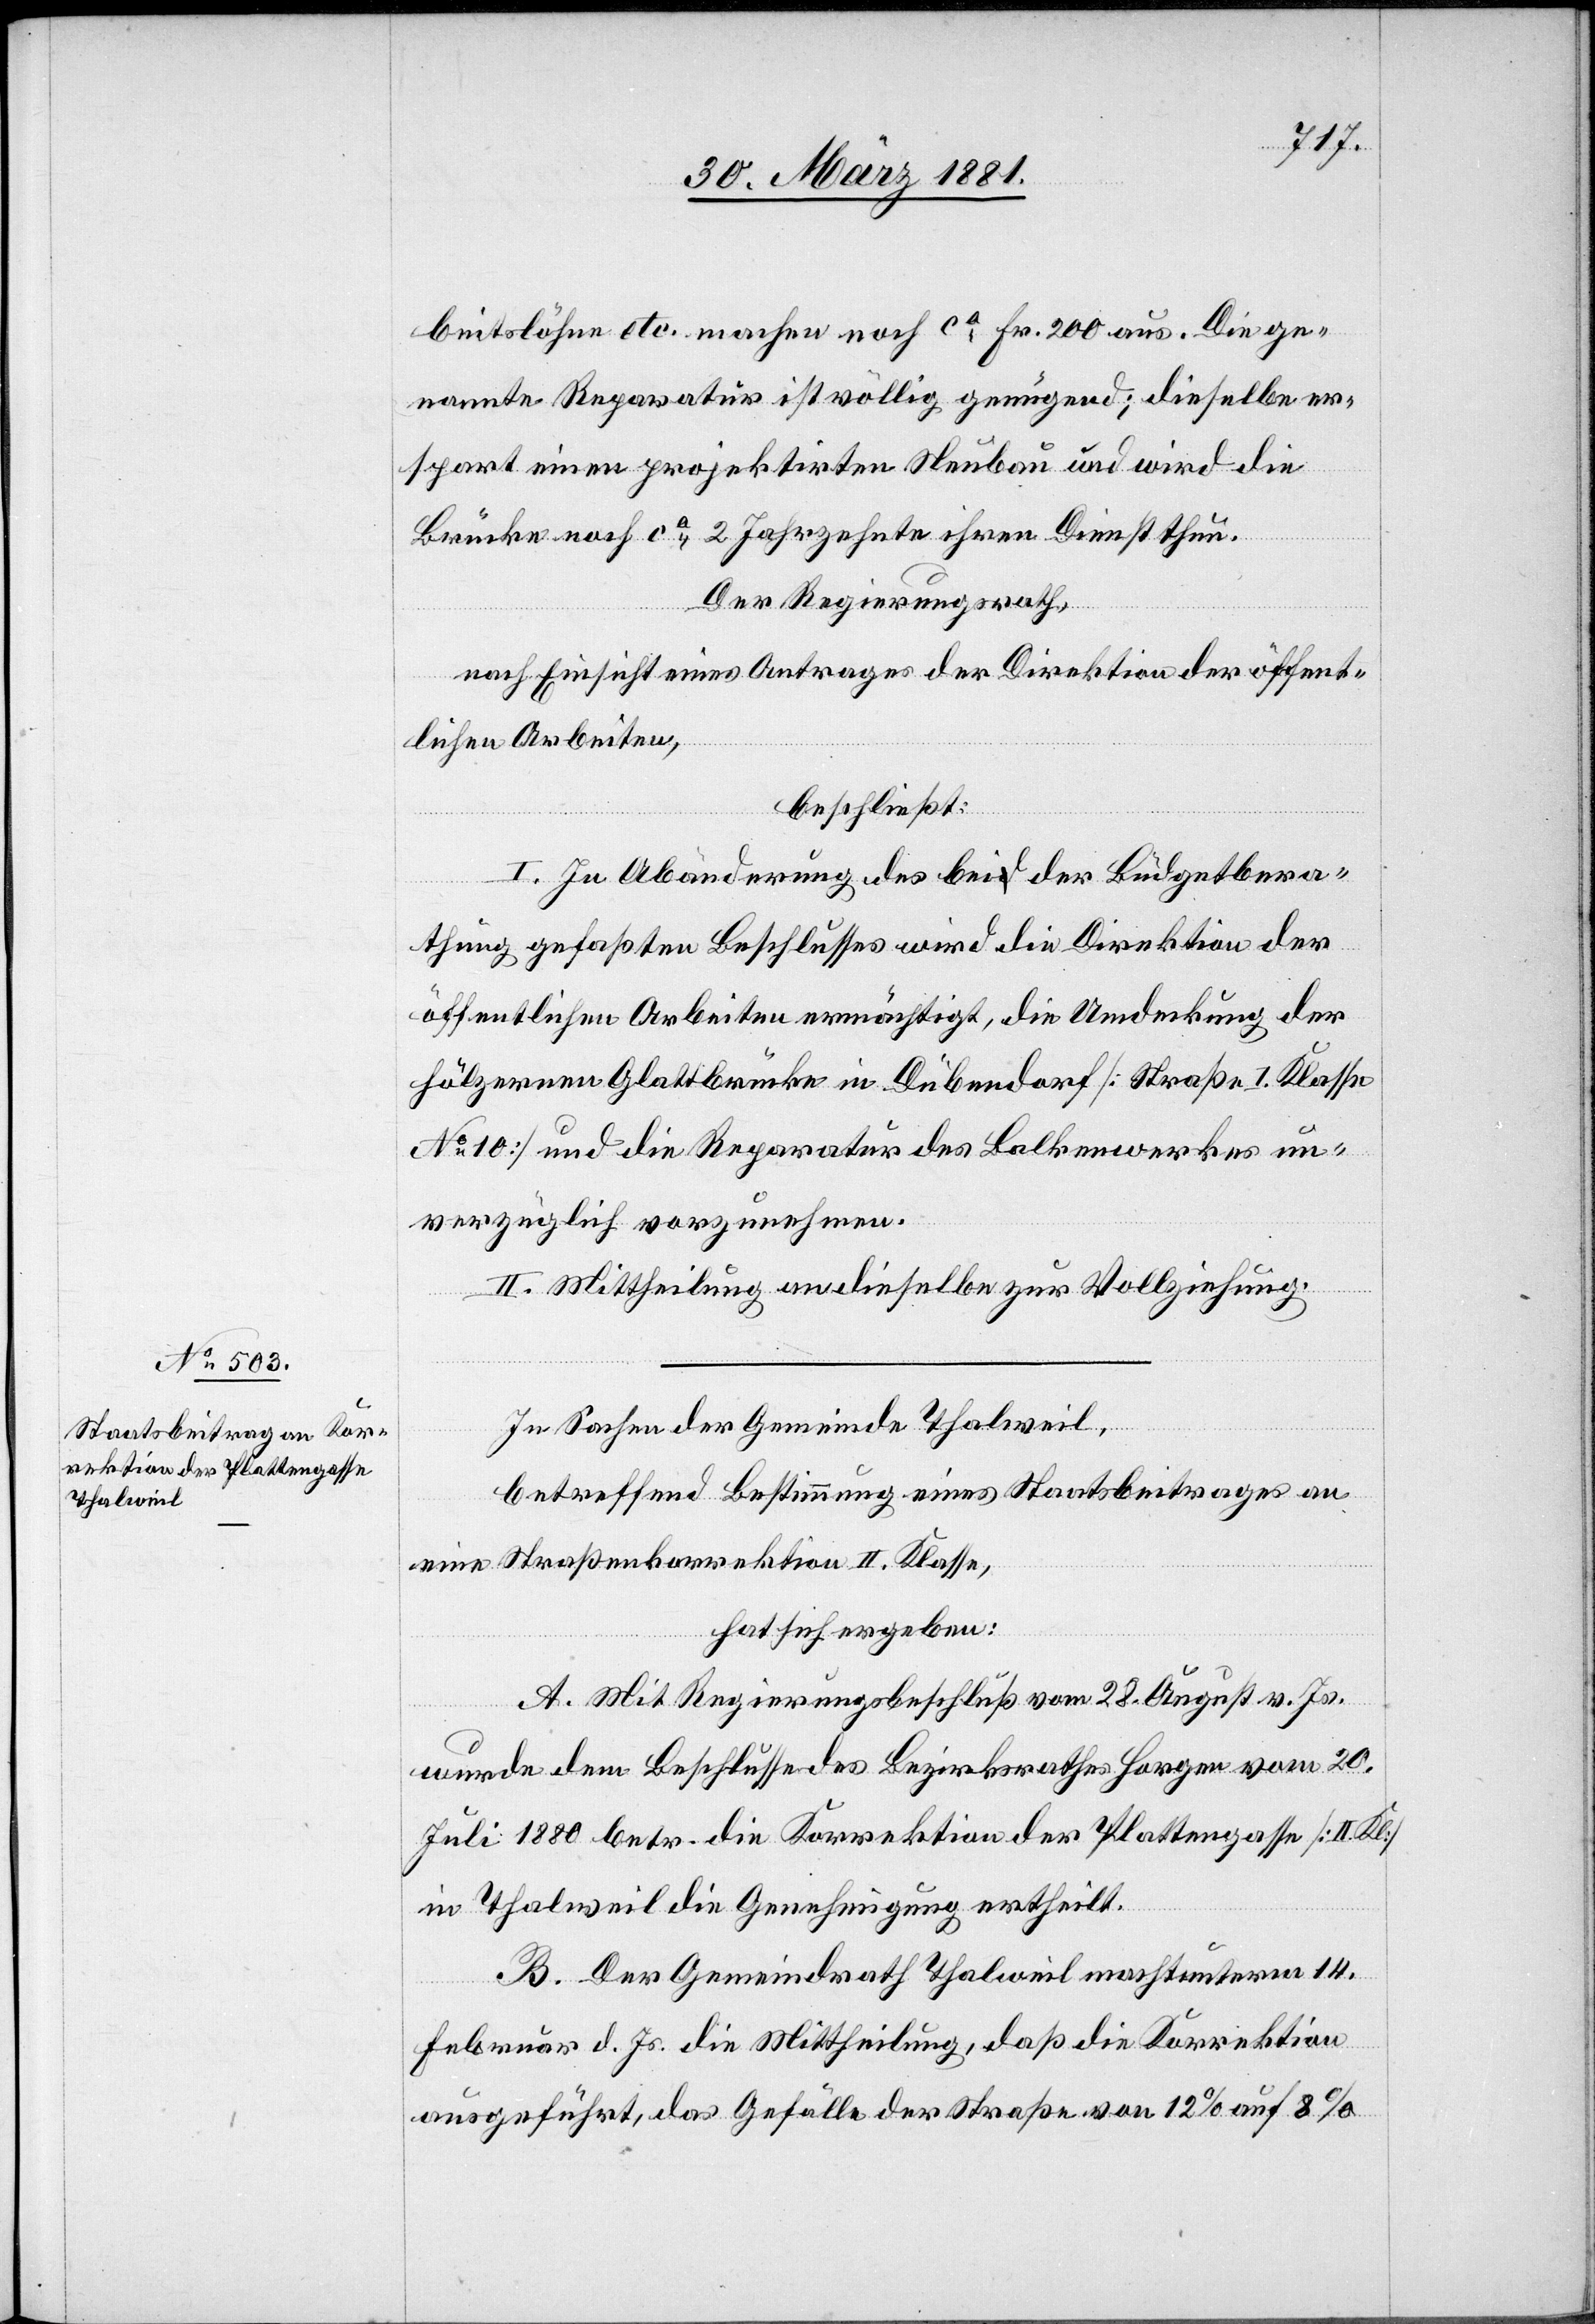
beitslöhne etc. machen noch ca Fr. 200 aus. Die ge¬
nannte Reparatur ist völlig genügend; dieselbe er¬
spart einen projektirten Neubau und wird die
Brücke noch ca 2 Jahrzehnte ihren Dienst thun.
Der Regierungsrath,
nach Einsicht eines Antrages der Direktion der öffent¬
lichen Arbeiten,
beschließt:
I. In Abänderung des bei der Büdgetbera¬
thung gefaßten Beschlusses wird die Direktion der
öffentlichen Arbeiten ermächtigt, die Umdeckung der
hölzernen Glattbrücke in Dübendorf [Straße I. Klasse
No 10] und die Reparatur des Balkenwerkes un¬
verzüglich vorzunehmen.
II. Mittheilung an dieselbe zur Vollziehung.
In Sachen der Gemeinde Thalweil,
betreffend Bestimmung eines Staatsbeitrages an
eine Straßenkorrektion II. Klasse,
hat sich ergeben:
A. Mit Regierungsbeschluß vom 28. August v. Js.
wurde dem Beschlusse des Bezirksrathes Horgen vom 20.
Juli 1880 betr. die Korrektion der Plattengasse [II. Kl.]
in Thalweil die Genehmigung ertheilt.
B. Der Gemeindrath Thalweil macht unterm 14.
Februar d. Js. die Mittheilung, daß die Korrektion
ausgeführt, das Gefälle der Straße von 12% auf 8%